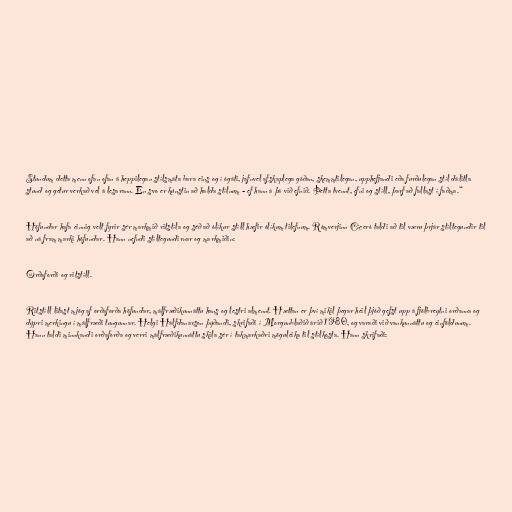
Stundum detta menn ofan ofan á heppilegan stílsmáta bara eins og í ógáti, jafnvel afskaplega góðan, skemmtilegan, upphefjandi eða furðulegan stíl dálitla
stund og getur verkað vel á lesarann. En svo er kúnstin að halda stílnum - ef hann á þá við efnið. Þetta tvennt, efni og stíll, þarf að fallast í faðma.“

Höfundar hafa einnig velt fyrir sér markmið ritstíla og séð að ólíkur stíll hæfir ólíkum tilefnum. Rómverjinn Cíceró taldi að til væru þrjár stíltegundir til
að ná fram marki höfundar. Hann nefndi stíltegundirnar og markmiðin:

Orðaforði og ritstíll.

Ritstíll litast mjög af orðaforða höfundar, málfræðikunnáttu hans og lestri almennt. Hættan er því mikil þegar heil þjóð gefst upp á fjölbreytni orðanna og
dýpri merkingu í málfræði tungunnar. Helgi Hálfdanarson þýðandi, skrifaði í Morgunblaðið árið 1980, og varaði við vankunnáttu og einföldunum.
Hann taldi minnkandi orðaforða og verri málfræðikunnáttu skila sér í takmarkaðri möguleika til stílkosta. Hann skrifaði: